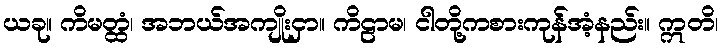
ယခု။ ကိမတ္ထံ၊ အဘယ်အကျိုးငှာ။ ကိဠာမ၊ ငါတို့ကစားကုန်အံ့နည်း။ ဣတိ၊